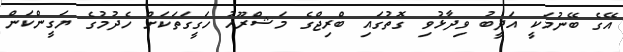
އޭގެ ބޭނުމަކީ އަދީބު ވިދާޅުވި ގޮތުގައި ބްރިޖްގެ މަޝްރޫއު ހަގީގަތަކަށް ހެދުމުގެ ޔަގީންކަން